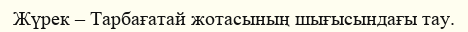
Жүрек – Тарбағатай жотасының шығысындағы тау.